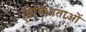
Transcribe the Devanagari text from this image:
विविधाताओं